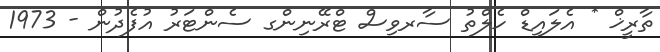
ތާރީޚް * އެލައިޑް ހެލްތު ސާރވިސް ޓްރޭނިންގ ސެންޓަރު އުފެދުން - 1973